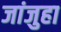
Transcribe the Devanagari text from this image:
जांजुहा